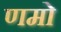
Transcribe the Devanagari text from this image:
णमो